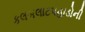
કલબલાટપહાડોની